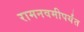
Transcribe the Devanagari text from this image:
रामनवमीपर्यंत